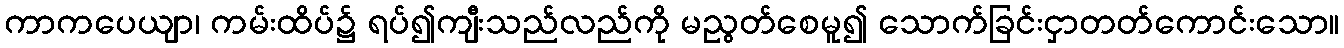
ကာကပေယျာ၊ ကမ်းထိပ်၌ ရပ်၍ကျီးသည်လည်ကို မညွတ်စေမူ၍ သောက်ခြင်းငှာတတ်ကောင်းသော။